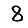
Digit: 8